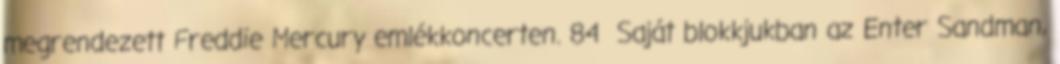
megrendezett Freddie Mercury emlékkoncerten. 84 Saját blokkjukban az Enter Sandman,